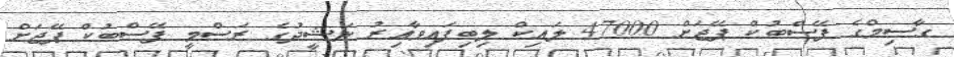
ގާސިމްގެ ފޭސްބުކް ޕޭޖަށް 47000 ލައިކް ލިބިފައިވާއިރު ނަޝީދުގެ ރަސްމީ ފޭސްބުކް ޕޭޖަށް